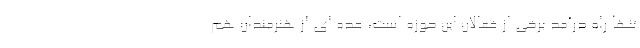
تنها راه درآمد برخی از فعالان این حوزه است، عده ای از هنرمندان هم